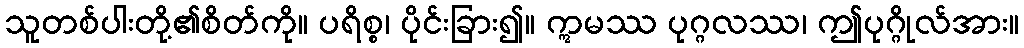
သူတစ်ပါးတို့၏စိတ်ကို။ ပရိစ္စ၊ ပိုင်းခြား၍။ ဣမဿ ပုဂ္ဂလဿ၊ ဤပုဂ္ဂိုလ်အား။